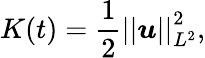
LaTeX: K(t)=\frac{1}{2}\left|\left|\boldsymbol{u}\right|\right|_{L^{2}}^{2},